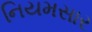
નિયમસાર